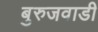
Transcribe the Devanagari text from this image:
बुरुजवाडी